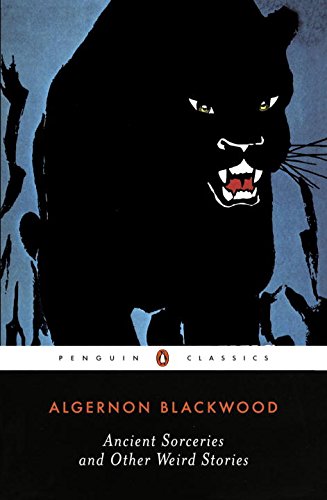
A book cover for Ancient Sorceries and Other Weird Stories (Penguin Classics); Algernon Blackwood; Literature & Fiction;